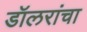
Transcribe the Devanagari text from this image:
डॉलरांचा